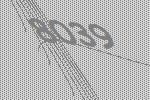
8039